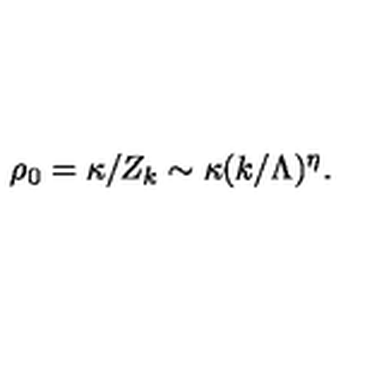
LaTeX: \rho _ { 0 } = \kappa / Z _ { k } \sim \kappa ( k / \Lambda ) ^ { \eta } .